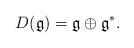
LaTeX: \begin{align*}D(\frak{g})=\frak{g}\oplus \frak{g}^\ast.\end{align*}